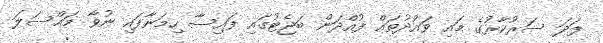
ފަދަ ސަރުކާރުގެ މައި ވައުދުތައް ފުއްދަން ބަޖެޓުގައި ފައިސާ ހިމަނާފައި ނުވާ މައްސަލަ